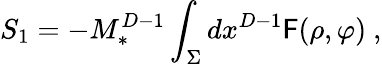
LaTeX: S_{1}=-M_{*}^{D-1}\int_{\Sigma}dx^{D-1}\mathsf{F}(\rho,\varphi)~,